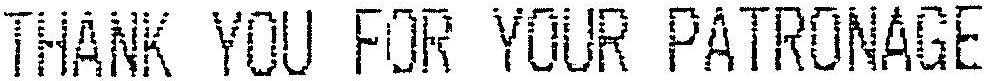
THANK YOU FOR YOUR PATRONAGE